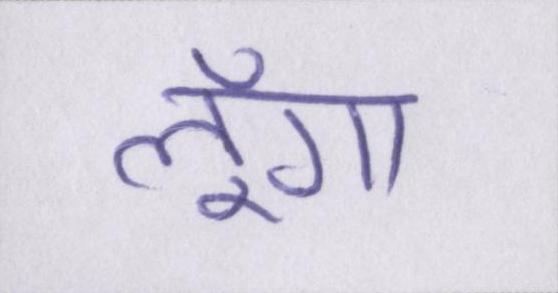
लूँगा